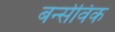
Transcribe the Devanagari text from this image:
बर्न्सविक